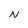
Character: N